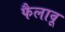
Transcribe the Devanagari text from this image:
फैलावू